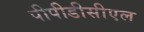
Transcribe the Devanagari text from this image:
पीपीडीसीएल